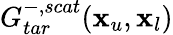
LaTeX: G_{tar}^{-,scat}(\textbf{x}_{u},\textbf{x}_{l})